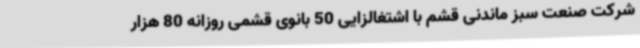
شرکت صنعت سبز ماندنی قشم با اشتغالزایی 50 بانوی قشمی روزانه 80 هزار